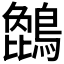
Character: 𪄢